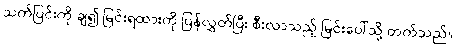
သက်ပြင်းကို ချ၍ မြင်းရထားကို ပြန်လွှတ်ပြီး စီးလာသည့် မြင်းပေါ်သို့ တက်သည်။